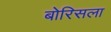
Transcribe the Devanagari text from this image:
बोरिसला